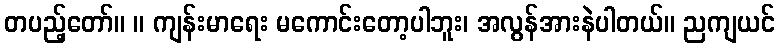
တပည့်တော်။ ။ ကျန်းမာရေး မကောင်းတော့ပါဘူး၊ အလွန်အားနဲပါတယ်။ ညကျယင်